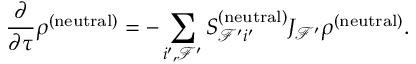
\frac { \partial } { \partial \tau } \rho _ { } ^ { ( \mathrm { n e u t r a l } ) } = - \sum _ { i ^ { \prime } , \mathcal { F } ^ { \prime } } S _ { \mathcal { F } ^ { \prime } i ^ { \prime } } ^ { ( \mathrm { n e u t r a l } ) } J _ { \mathcal { F } ^ { \prime } } \rho ^ { ( \mathrm { n e u t r a l } ) } .